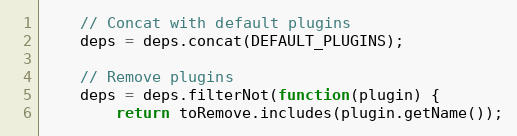
Language: JavaScript
    // Concat with default plugins
    deps = deps.concat(DEFAULT_PLUGINS);

    // Remove plugins
    deps = deps.filterNot(function(plugin) {
        return toRemove.includes(plugin.getName());